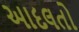
આદલતો